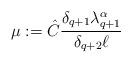
LaTeX: \begin{align*}\mu := \hat{C} \frac{\delta_{q+1} \lambda_{q+1}^\alpha}{\delta_{q+2} \ell}\end{align*}